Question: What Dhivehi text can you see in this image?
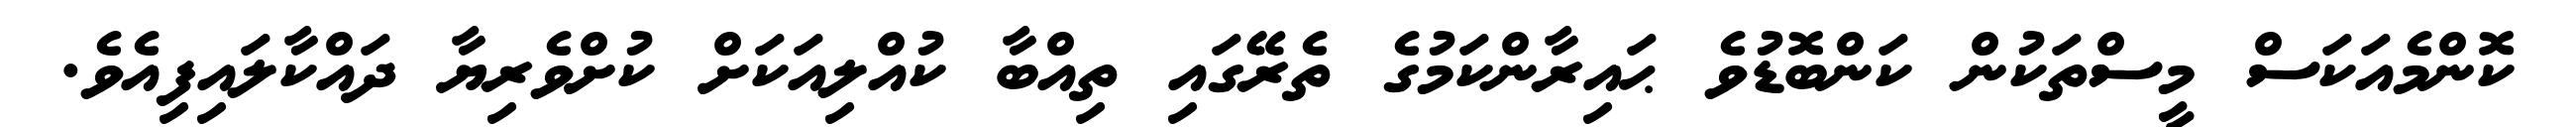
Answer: ކޮންމެއަކަސް މީސްތަކުން ކަންބޮޑުވެ ޙައިރާންކަމުގެ ތެރޭގައި ތިއްބާ ކުއްލިއަކަށް ކުށްވެރިޔާ ދައްކާލައިފިއެވެ.